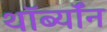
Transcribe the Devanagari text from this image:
थॉर्ब्यॉन